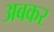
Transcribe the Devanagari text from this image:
अबकर